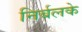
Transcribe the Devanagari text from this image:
निर्बलके